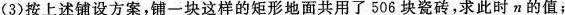
(3)按上述铺设方案，铺一块这样的矩形地面共用了506块瓷砖，求此时n的值；